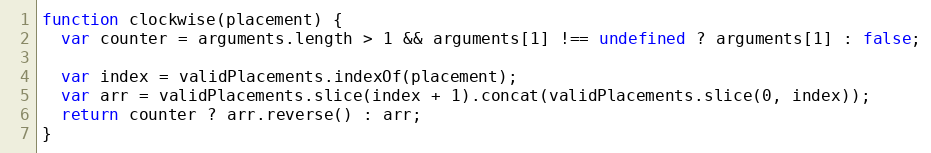
Language: JavaScript
function clockwise(placement) {
  var counter = arguments.length > 1 && arguments[1] !== undefined ? arguments[1] : false;

  var index = validPlacements.indexOf(placement);
  var arr = validPlacements.slice(index + 1).concat(validPlacements.slice(0, index));
  return counter ? arr.reverse() : arr;
}